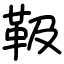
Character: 靸